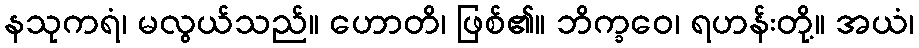
နသုကရံ၊ မလွယ်သည်။ ဟောတိ၊ ဖြစ်၏။ ဘိက္ခဝေ၊ ရဟန်းတို့။ အယံ၊